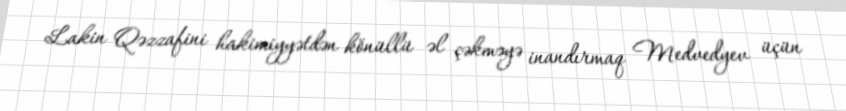
Lakin Qəzzafini hakimiyyətdən könüllü əl çəkməyə inandırmaq Medvedyev üçün